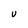
Character: U